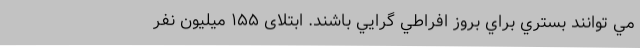
مي توانند بستري براي بروز افراطي گرايي باشند. ابتلای ۱۵۵ میلیون نفر